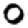
Digit: 0